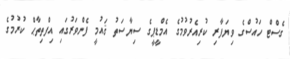
ގެސްޓް ހައުސްގެ ވިޔަފާރި ކުރިއެރުވުމުގެ އެމްޑީޕީގެ ސިޔާސަތު ޤައުމީ ފެންވަރުގައި އިފްތިތާޙް ކުރުމުގެ